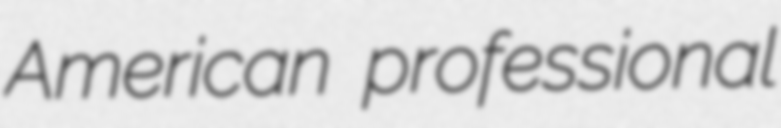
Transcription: American professional